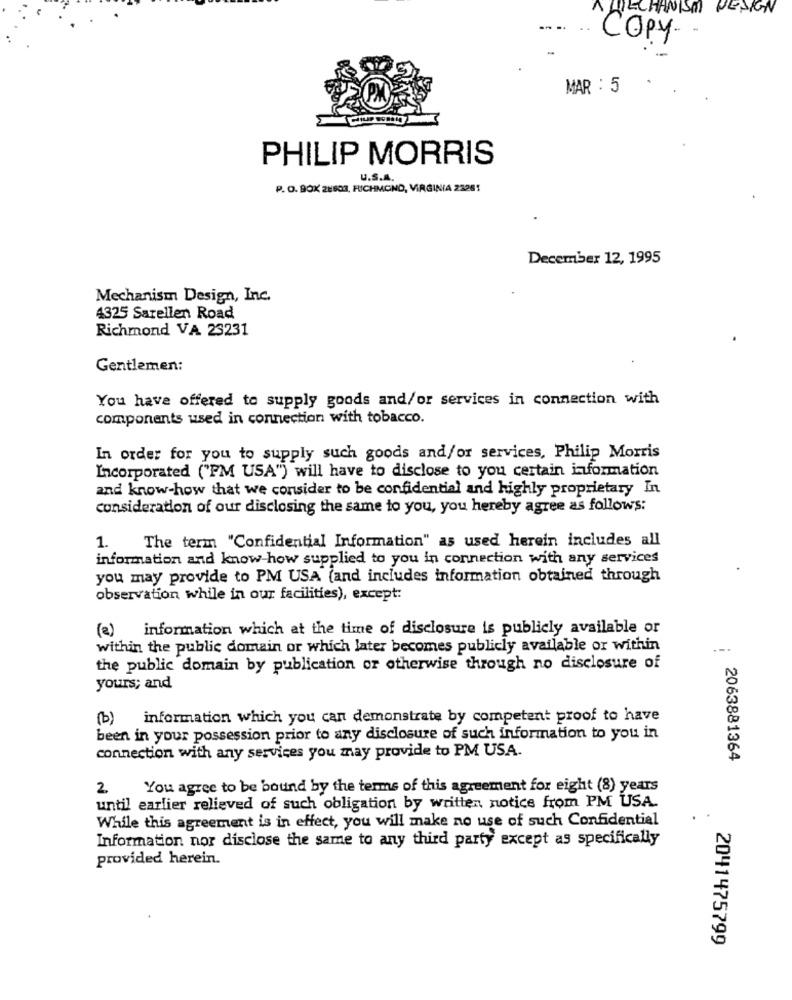
MECHANISM DESIGN
Copy
MAR : 5
PHILIP MORRIS
U.S.A.
P. O. BOX 28603, RICHMOND, VIRGINIA 23261
December 12, 1995
Mechanism Design, Inc.
4325 Sarellen Road
Richmond VA 23231
Gentlemen:
You have offered to supply goods and/or services in connection with
components used in connection with tobacco.
In order for you to supply such goods and/or services, Philip Morris
Incorporated ("PM USA") will have to disclose to you certain information
and know-how that we consider to be confidential and highly proprietary In
consideration of our disclosing the same to you, you hereby agree as follows:
The term "Confidential Information" as used herein includes all
1.
information and know-how supplied to you in connection with any services
you may provide to PM USA (and includes information obtained through
observation while in our facilities), except:
(2) information which at the time of disclosure is publicly available or
within the public domain or which later becomes publicly available or within
--.
the public domain by publication or otherwise through no disclosure of
yours; and
(b)
information which you can demonstrate by competent proof to have
been in your possession prior to any disclosure of such information to you in
connection with any services you may provide to PM USA.
2063881364
2
You agree to be bound by the terms of this agreement for eight (8) years
until earlier relieved of such obligation by written notice from PM USA.
While this agreement is in effect, you will make no use of such Confidential
Information nor disclose the same to any third party except as specifically
provided herein.
2041475799